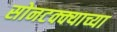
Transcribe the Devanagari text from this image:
सोनटक्क्याच्या